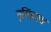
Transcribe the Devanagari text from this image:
नृसिंहाला